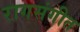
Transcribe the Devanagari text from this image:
रागसंगीत